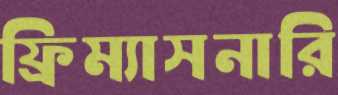
ফ্রিম্যাসনারি